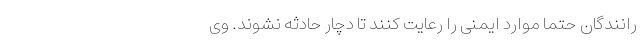
رانندگان حتماً موارد ایمنی را رعایت کنند تا دچار حادثه نشوند. وی